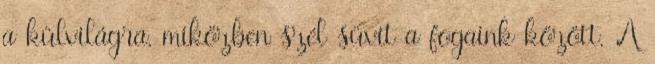
a külvilágra, miközben szél süvít a fogaink között. A